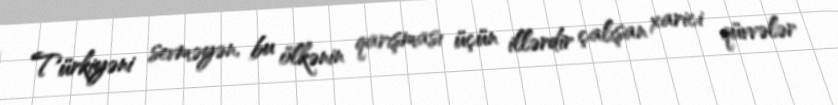
Türkiyəni sevməyən, bu ölkənin qarışması üçün illərdir çalışan xarici qüvvələr